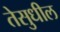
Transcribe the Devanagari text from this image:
तेसुधील